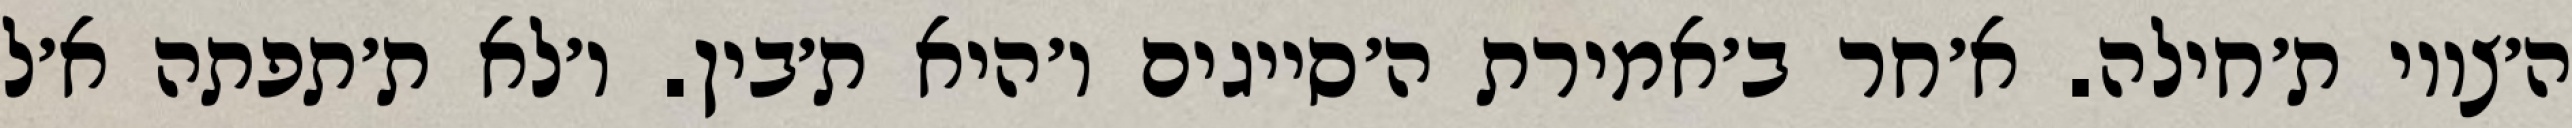
ה׳צווי ת׳חילה. א׳חר ב׳אמירת ה׳סייגים ו׳היא ת׳בין. ו׳לא ת׳תפתה א׳ל